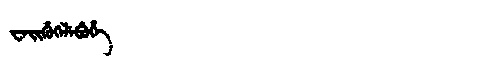
Manchu: ᠸᡝᡳᡥᡠᡴᡝᠯᡝᠪᡠᡥᡝ
Romanization: WEIHUKELEBUHE